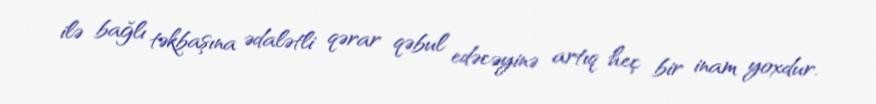
ilə bağlı təkbaşına ədalətli qərar qəbul edəcəyinə artıq heç bir inam yoxdur.